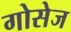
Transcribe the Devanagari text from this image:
गोसेज